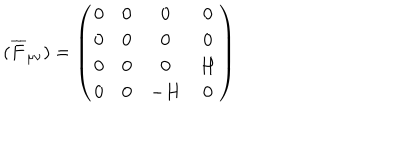
LaTeX: ( \overline { { { F } } } _ { \mu \nu } ) = \left( \begin{array} { c c c c } { { 0 } } & { { 0 } } & { { 0 } } & { { 0 } } \\ { { 0 } } & { { 0 } } & { { 0 } } & { { 0 } } \\ { { 0 } } & { { 0 } } & { { 0 } } & { { H } } \\ { { 0 } } & { { 0 } } & { { - H } } & { { 0 } } \\ \end{array} \right)